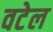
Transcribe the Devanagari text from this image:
वटेल